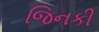
જિનકી